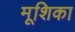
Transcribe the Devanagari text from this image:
मूशिका